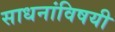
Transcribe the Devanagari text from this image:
साधनांविषयी